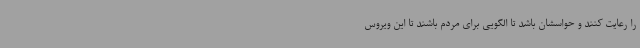
را رعایت کنند و حواسشان باشد تا الگویی برای مردم باشند تا این ویروس